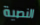
النصية